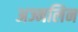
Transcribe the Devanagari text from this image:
अज्मलिन